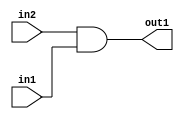
`timescale 1ps / 1ps
/*****************************************************************************
    Verilog RTL Description
    
    
    Created by: Stratus DpOpt 2019.1.01 
*******************************************************************************/

module cache_And_320Ux320U_320U_0 (
	in2,
	in1,
	out1
	); /* architecture "behavioural" */ 
input [319:0] in2,
	in1;
output [319:0] out1;
wire [319:0] asc001;

assign asc001 = 
	(in2)
	&(in1);

assign out1 = asc001;
endmodule

/* CADENCE  urn2SQg= : u9/ySgnWtBlWxVPRXgAZ4Og= ** DO NOT EDIT THIS LINE ******/